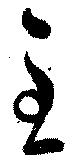
至